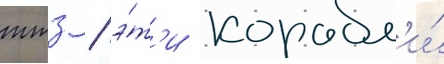
ттз / э́т'и корабл'и́